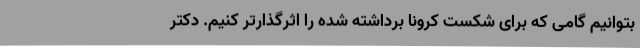
بتوانیم گامی که برای شکست کرونا برداشته شده را اثرگذارتر کنیم. دکتر